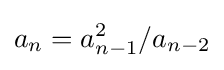
a_{n}=a_{n-1}^{2}/a_{n-2}